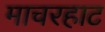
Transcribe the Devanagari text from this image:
माचरहाट